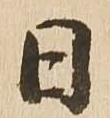
日